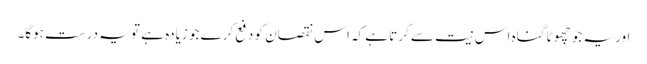
اور یہ جو چھوٹا گناہ اس نیت سے کرتا ہے کہ اس نقصان کو دفع کرے جو زیادہ ہے تو یہ درست ہوگا۔